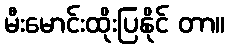
မီးမောင်းထိုးပြနိုင် တာ။